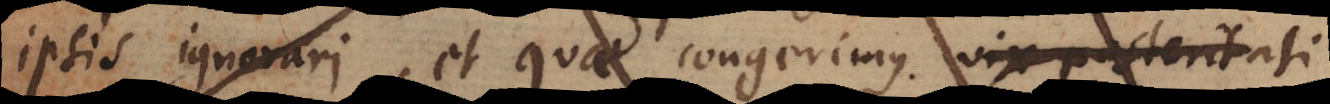
ipsis ignorari et quat congerimus vix postentasi